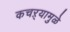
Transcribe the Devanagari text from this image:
कचऱ्यामुळे